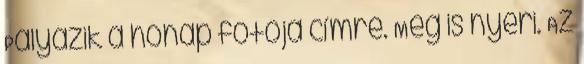
Pályázik a hónap fotója címre. Meg is nyeri. Az